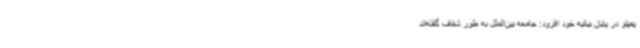
پمپئو در پایان بیانیه خود افزود: جامعه بین‌الملل به طور شفاف گفته‌اند